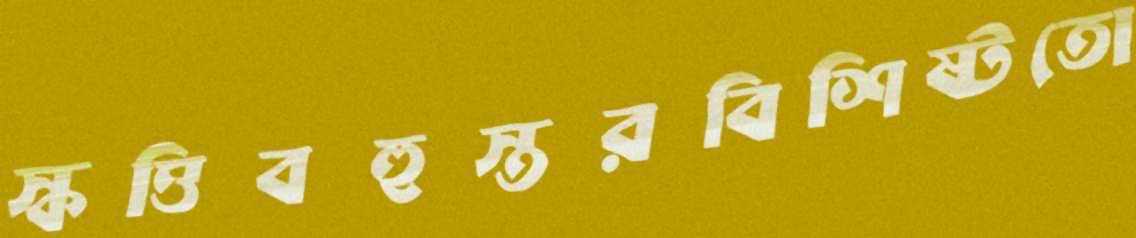
স্কত্তিবহুস্তরবিশিষ্টতো